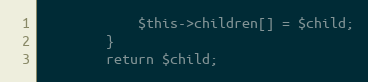
Language: PHP
			$this->children[] = $child;
		}
		return $child;